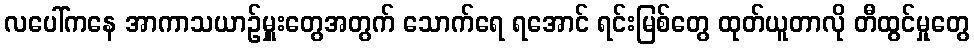
လပေါ်ကနေ အာကာသယာဉ်မှူးတွေအတွက် သောက်ရေ ရအောင် ရင်းမြစ်တွေ ထုတ်ယူတာလို တီထွင်မှုတွေ